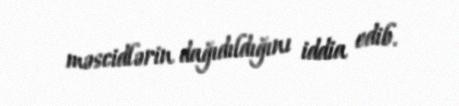
məscidlərin dağıdıldığını iddia edib.